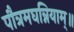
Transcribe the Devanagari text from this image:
पौत्रमघन्नियाम्॥